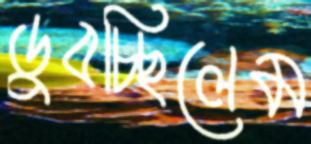
ডুবচ্ছিলেম